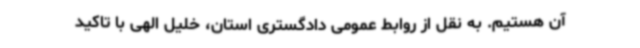
آن هستیم. به نقل از روابط عمومی دادگستری استان، خلیل الهی با تاکید